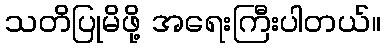
သတိပြုမိဖို့ အရေးကြီးပါတယ်။